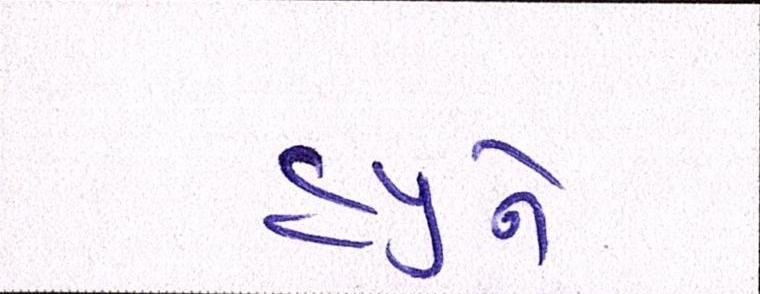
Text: હ્યુને